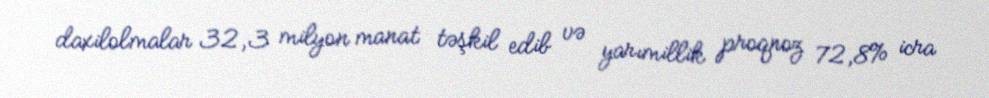
daxilolmalar 32,3 milyon manat təşkil edib və yarımillik proqnoz 72,8% icra